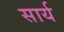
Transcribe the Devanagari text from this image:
सार्य